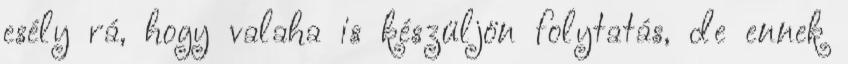
esély rá, hogy valaha is készüljön folytatás, de ennek